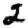
Digit: 2